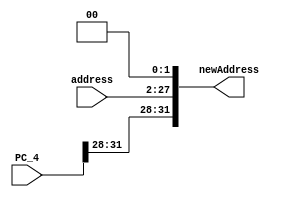
module JumpAddrModule(PC_4, address, newAddress);

input [31:0] PC_4;
input [25:0] address;
output [31:0] newAddress;

wire [31:0] PC_4;
wire [25:0] address;
wire [31:0] newAddress;

assign newAddress [31:28] = PC_4[31:28];
assign newAddress [1:0] = 2'b00;
assign newAddress [27:2] = address;

endmodule